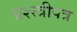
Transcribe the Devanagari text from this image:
प्रश्स्त्रीपत्र